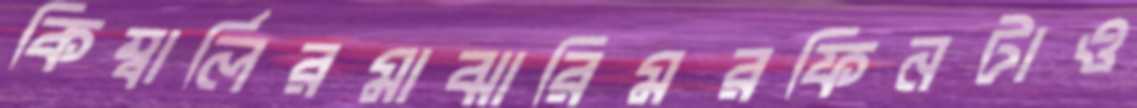
কিম্বার্লিরমাঝারিমরফিনটাও